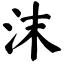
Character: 沫